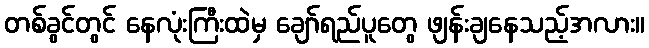
တစ်ခွင်တွင် နေလုံးကြီးထဲမှ ချော်ရည်ပူတွေ ဖျန်းချနေသည့်အလား။